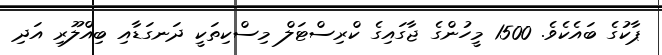
ޕާކުގެ ބައެކެވެ. 1500 މީހުންގެ ޖާގައިގެ ކްރިސްޓަލް މިސްކިތަކީ ދަނގަޑާއި ބިއްލޫރި އަދި